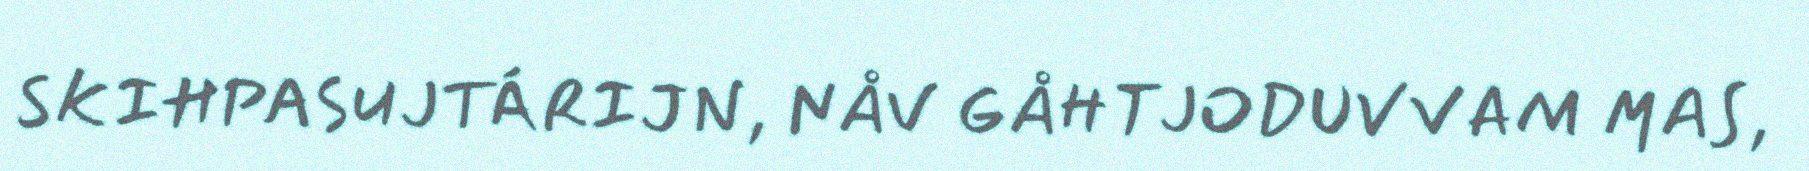
SKIHPASUJTÁRIJN, NÅV GÅHTJODUVVAM MAS,